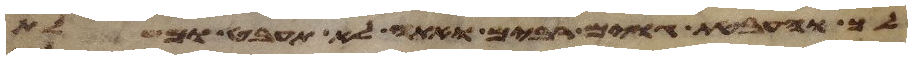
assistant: לך והעבטת גוים רבים ואתה לא תעבט ומשלת